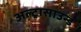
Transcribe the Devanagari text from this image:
अल्ट्रासाउन्ड